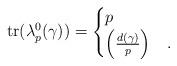
LaTeX: \begin{align*}\mathrm{tr}(\lambda_p^0(\gamma)) = \begin{cases}p &\\\left( \frac{d(\gamma)}{p} \right) &.\end{cases}\end{align*}